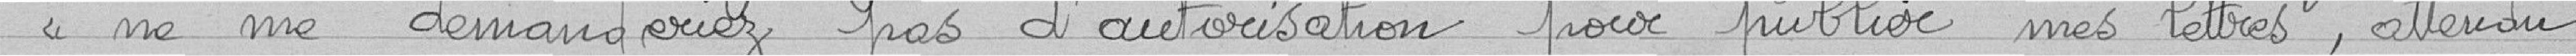
ne me demanderiez pas d'autorisation pour publier mes lettres, attendu